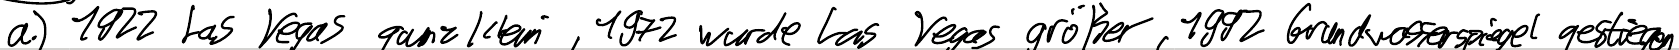
a.) 1922 Las Vegas ganz klein, 1972 wurde Las Vegas größer. 1992 Grundwasserspiegel gestiegen